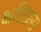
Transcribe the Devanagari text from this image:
क्षतिग्रस